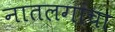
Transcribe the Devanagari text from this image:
नातलगांचा